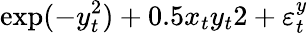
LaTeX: \exp(-y_{t}^{2})+{0.5x_{t}y_{t}}{2}+\varepsilon_{t}^{y}